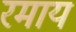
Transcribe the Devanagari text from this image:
रमाय